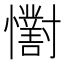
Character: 𢥓